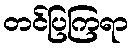
တင်ပြကြရာ